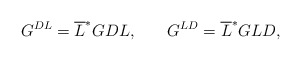
\begin{align*}G^{DL}=\overline{L}^{*}GDL,\hspace{0.3in}G^{LD}=\overline{L}^{*}GLD,\end{align*}